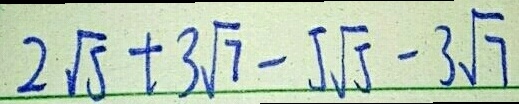
2 \sqrt { 5 } + 3 \sqrt { 7 } - 5 \sqrt { 5 } - 3 \sqrt { 7 }